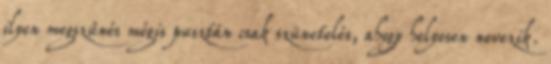
ilyen megszűnés mégis pusztán csak szünetelés, ahogy helyesen nevezik.